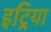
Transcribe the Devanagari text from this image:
इट्रिया